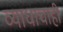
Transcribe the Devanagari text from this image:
व्याधाचाही